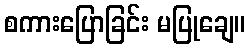
စကားပြောခြင်း မပြုချေ။